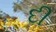
દી